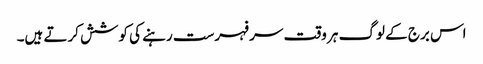
اس برج کے لوگ ہر وقت سر فہرست رہنے کی کوشش کرتے ہیں۔